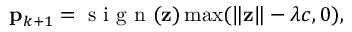
\mathbf { p } _ { k + 1 } = \mathrm { ~ s ~ i ~ g ~ n ~ } ( \mathbf { z } ) \operatorname* { m a x } ( \| \mathbf { z } \| - \lambda c , 0 ) ,